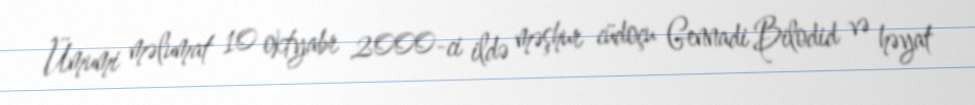
Ümumi məlumat 10 oktyabr 2000-ci ildə məşhur cüdoçu Gennadi Bilodid və həyat